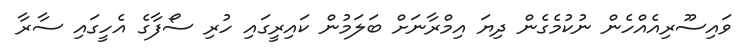
ވައިސޫރިއެއްހެން ނުކުމެގެން ދިޔަ އިމްރާނަށް ބަލަމުން ކައިރީގައި ހުރި ސޯފާގެ އެހީގައި ސާރާ